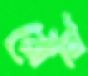
রোবি